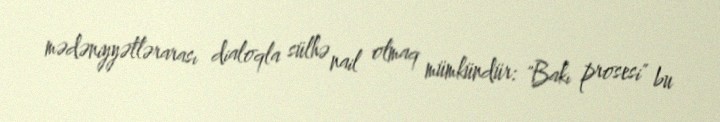
mədəniyyətlərarası dialoqla sülhə nail olmaq mümkündür: "Bakı prosesi" bu